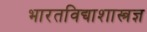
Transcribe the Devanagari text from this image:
भारतविद्याशास्त्रज्ञ